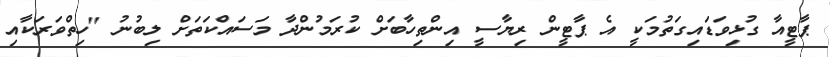
ޕާޓީއާ ގުޅިވަޑައިގަތުމަކީ އެ ޕާޓީން ރިޔާސީ އިންތިހާބަށް ކުރަމުންދާ މަސައްކަތަށް ލިބުނު "ހިތްވަރަކާއި